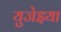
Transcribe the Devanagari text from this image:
युजेइया